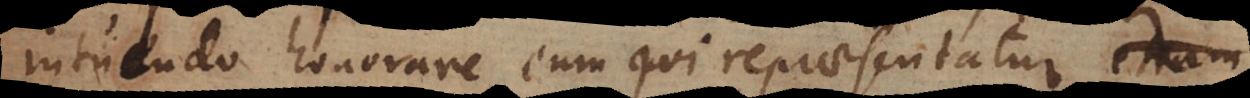
honorare eum qui repraesentatur, etiam